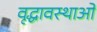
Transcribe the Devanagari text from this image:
वृद्धावस्थाओं